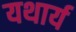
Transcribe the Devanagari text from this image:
यथार्य